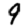
Digit: 9